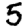
Digit: 5